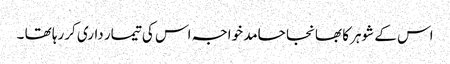
اس کے شوہر کا بھانجا حامد خواجہ اس کی تیمار داری کررہا تھا ۔